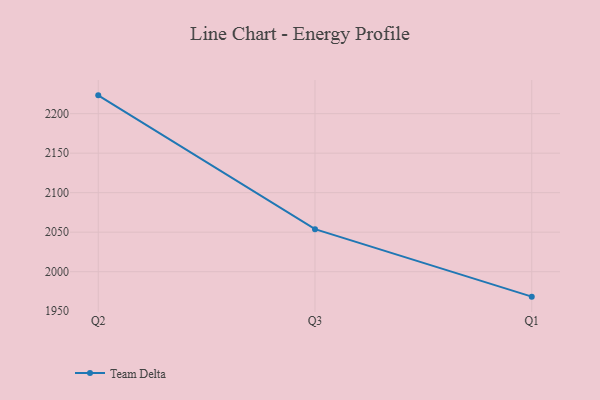
{"axis": {"x": "Quarter", "y": "Active Users"}, "legend": ["Team Delta"], "data": [{"x": "Q2", "y": 2223.2, "type": "Team Delta"}, {"x": "Q3", "y": 2053.8, "type": "Team Delta"}, {"x": "Q1", "y": 1968.4, "type": "Team Delta"}]}